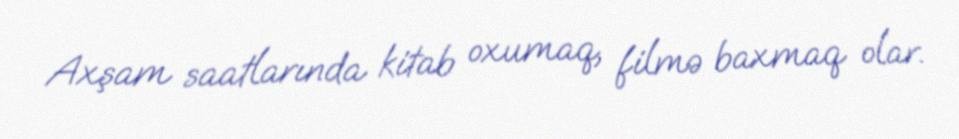
Axşam saatlarında kitab oxumaq, filmə baxmaq olar.